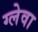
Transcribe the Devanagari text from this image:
ग्लेवा